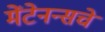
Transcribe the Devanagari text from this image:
मेंटेनन्सचे